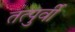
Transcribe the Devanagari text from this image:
तत्पुर्वी